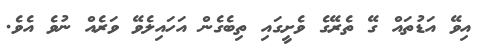
އިވޭ އަޑުތައް ގޭ ތެރޭގެ ވެށީގައި ތިބެގެން އަހައިލެވޭ ވަރެއް ނުވެ އެވެ.